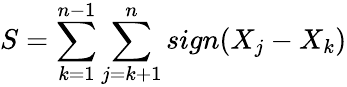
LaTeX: S={\sum_{k=1}^{n-1}\sum_{j=k+1}^{n}sign(X_{j}-X_{k})}